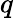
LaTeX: q